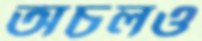
অচলও